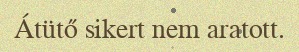
Átütő sikert nem aratott.